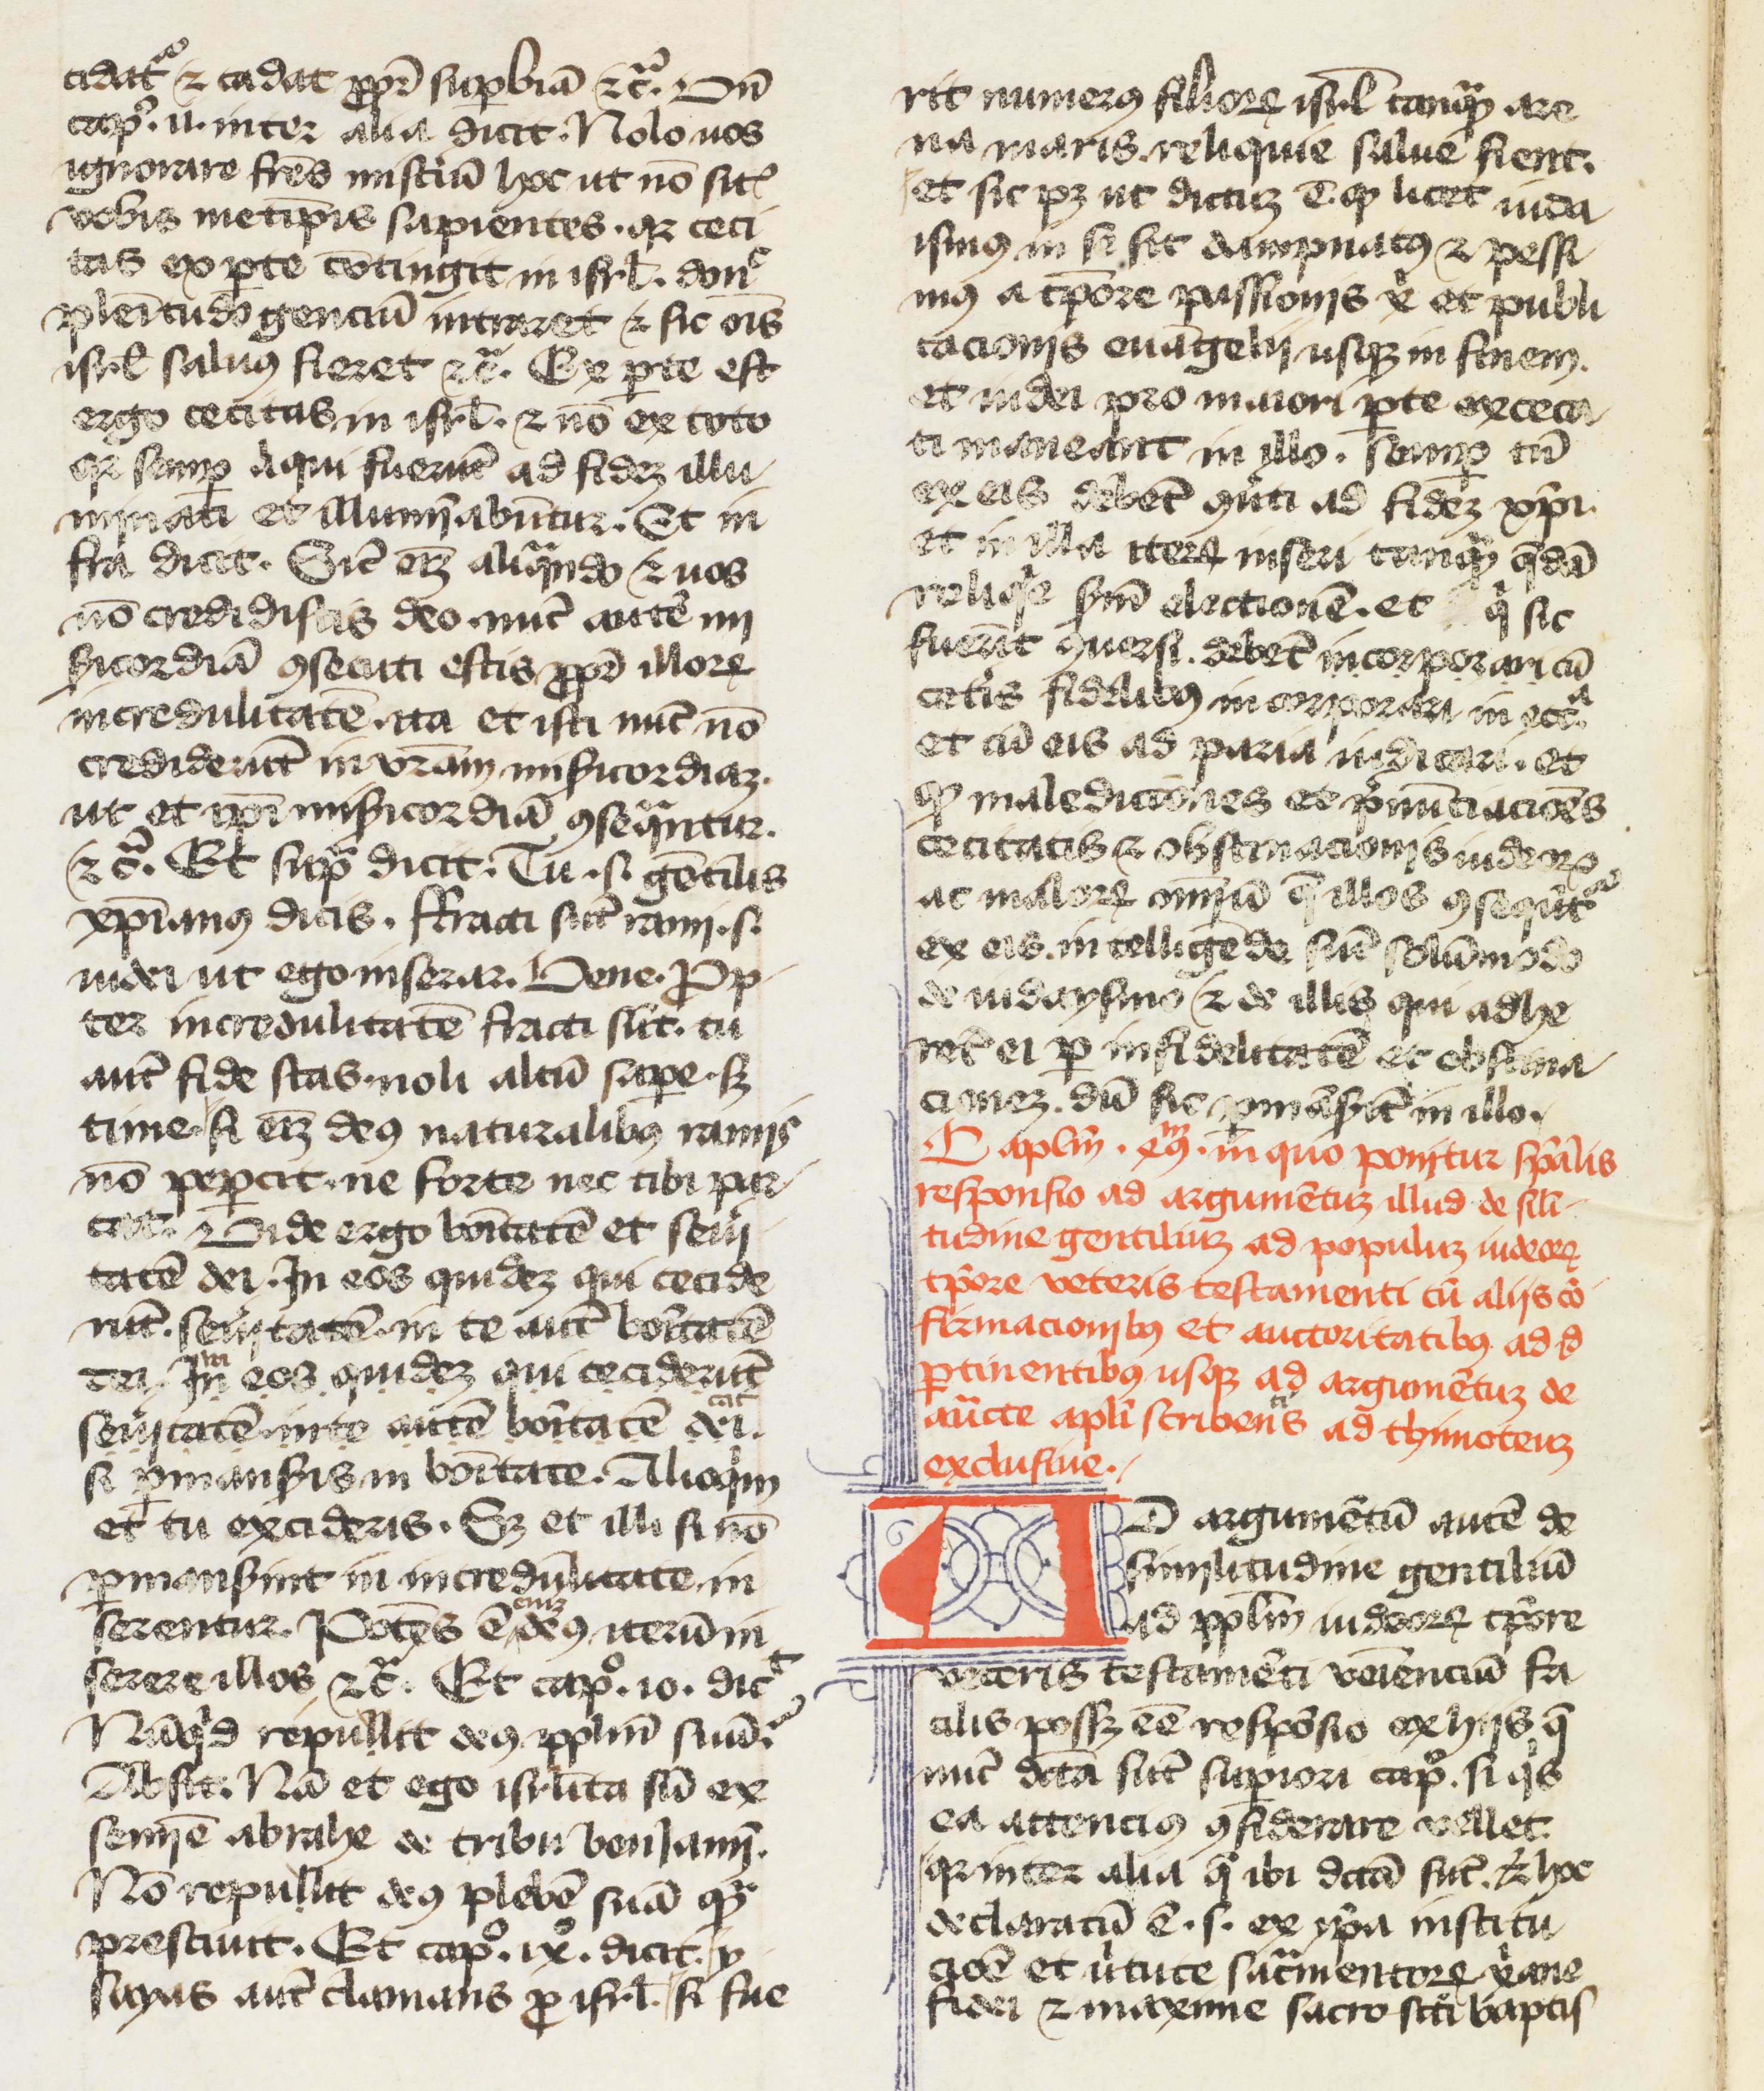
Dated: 1400–1499